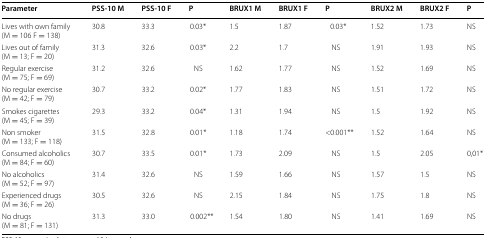
<table><thead><tr><td><b>Parameter</b></td><td><b>PSS-10 M</b></td><td><b>PSS-10 F</b></td><td><b>P</b></td><td><b>BRUX1 M</b></td><td><b>BRUX1 F</b></td><td><b>P</b></td><td><b>BRUX2 M</b></td><td><b>BRUX2 F</b></td><td><b>P</b></td></tr></thead><tbody><tr><td>Lives with own family(M = 106 F = 138)</td><td>30.8</td><td>33.3</td><td>0.03*</td><td>1.5</td><td>1.87</td><td>0.03*</td><td>1.52</td><td>1.73</td><td>NS</td></tr><tr><td>Lives out of family(M = 13; F = 20)</td><td>31.3</td><td>32.6</td><td>0.03*</td><td>2.2</td><td>1.7</td><td>NS</td><td>1.91</td><td>1.93</td><td>NS</td></tr><tr><td>Regular exercise(M = 75; F = 69)</td><td>31.2</td><td>32.6</td><td>NS</td><td>1.62</td><td>1.77</td><td>NS</td><td>1.52</td><td>1.69</td><td>NS</td></tr><tr><td>No regular exercise(M = 42; F = 79)</td><td>30.7</td><td>33.2</td><td>0.02*</td><td>1.77</td><td>1.83</td><td>NS</td><td>1.51</td><td>1.72</td><td>NS</td></tr><tr><td>Smokes cigarettes(M = 45; F = 39)</td><td>29.3</td><td>33.2</td><td>0.04*</td><td>1.31</td><td>1.94</td><td>NS</td><td>1.5</td><td>1.92</td><td>NS</td></tr><tr><td>Non smoker(M = 133; F = 118)</td><td>31.5</td><td>32.8</td><td>0.01*</td><td>1.18</td><td>1.74</td><td>&lt;0.001**</td><td>1.52</td><td>1.64</td><td>NS</td></tr><tr><td>Consumed alcoholics(M = 84; F = 60)</td><td>30.7</td><td>33.5</td><td>0.01*</td><td>1.73</td><td>2.09</td><td>NS</td><td>1.5</td><td>2.05</td><td>0,01*</td></tr><tr><td>No alcoholics(M = 52; F = 97)</td><td>31.4</td><td>32.6</td><td>NS</td><td>1.59</td><td>1.66</td><td>NS</td><td>1.57</td><td>1.5</td><td>NS</td></tr><tr><td>Experienced drugs(M = 36; F = 26)</td><td>30.5</td><td>32.6</td><td>NS</td><td>2.15</td><td>1.84</td><td>NS</td><td>1.75</td><td>1.8</td><td>NS</td></tr><tr><td>No drugs(M = 81; F = 131)</td><td>31.3</td><td>33.0</td><td>0.002**</td><td>1.54</td><td>1.80</td><td>NS</td><td>1.41</td><td>1.69</td><td>NS</td></tr></tbody></table>